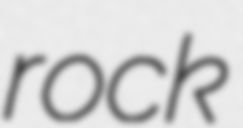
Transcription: rock